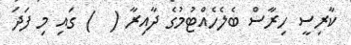
ކާރިސީ ހިރާސް ބެލެހެއްޓުމުގެ ދާއިރާ (  ) ގައި މި ފަދަ